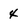
Character: 4